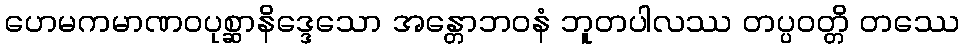
ဟေမကမာဏဝပုစ္ဆာနိဒ္ဒေသော အန္တောဘဝနံ ဘူတပါလဿ တပ္ပဝတ္တိ တဿေ